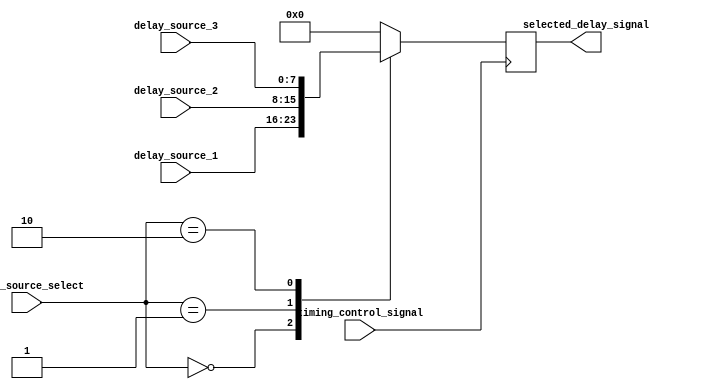
module Multiplexer_Delay(
    input wire timing_control_signal,
    input wire [1:0] delay_source_select,
    input wire [7:0] delay_source_1,
    input wire [7:0] delay_source_2,
    input wire [7:0] delay_source_3,
    output reg [7:0] selected_delay_signal
);

always @ (posedge timing_control_signal) begin
    case(delay_source_select)
        2'b00: selected_delay_signal <= delay_source_1;
        2'b01: selected_delay_signal <= delay_source_2;
        2'b10: selected_delay_signal <= delay_source_3;
        default: selected_delay_signal <= 8'd0; // default, no delay selected
    endcase
end

endmodule